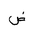
Letter: _dad